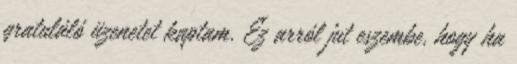
gratuláló üzenetet kaptam. Ez arról jut eszembe, hogy ha